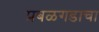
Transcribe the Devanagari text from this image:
प्रबळगडाचा